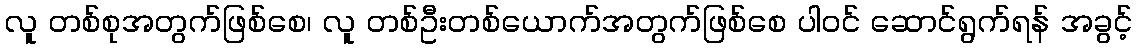
လူ တစ်စုအတွက်ဖြစ်စေ၊ လူ တစ်ဦးတစ်ယောက်အတွက်ဖြစ်စေ ပါဝင် ဆောင်ရွက်ရန် အခွင့်